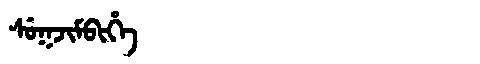
Manchu: ᠰᡠᡴᠵᡳᠮᠪᡳᡥᡝ
Romanization: SUKJIMBIHE